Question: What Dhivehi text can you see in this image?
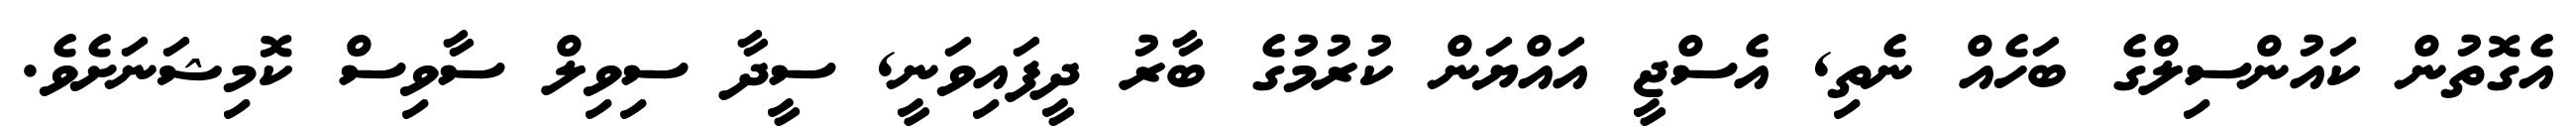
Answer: އެގޮތުން ކައުންސިލްގެ ބަހެއް ނެތި, އެސްޖީ އައްޔަން ކުރުމުގެ ބާރު ދީފައިވަނީ, ސީދާ ސިވިލް ސާވިސް ކޮމިޝަނަށެވެ.